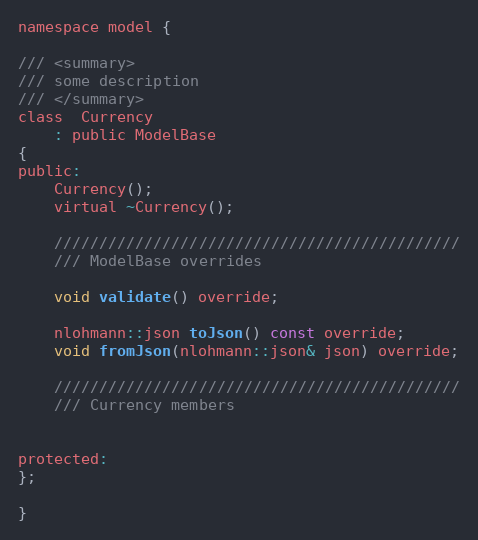
Language: C
namespace model {

/// <summary>
/// some description
/// </summary>
class  Currency
    : public ModelBase
{
public:
    Currency();
    virtual ~Currency();

    /////////////////////////////////////////////
    /// ModelBase overrides

    void validate() override;

    nlohmann::json toJson() const override;
    void fromJson(nlohmann::json& json) override;

    /////////////////////////////////////////////
    /// Currency members

protected:
};

}